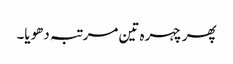
پھر چہرہ تین مرتبہ دھویا۔